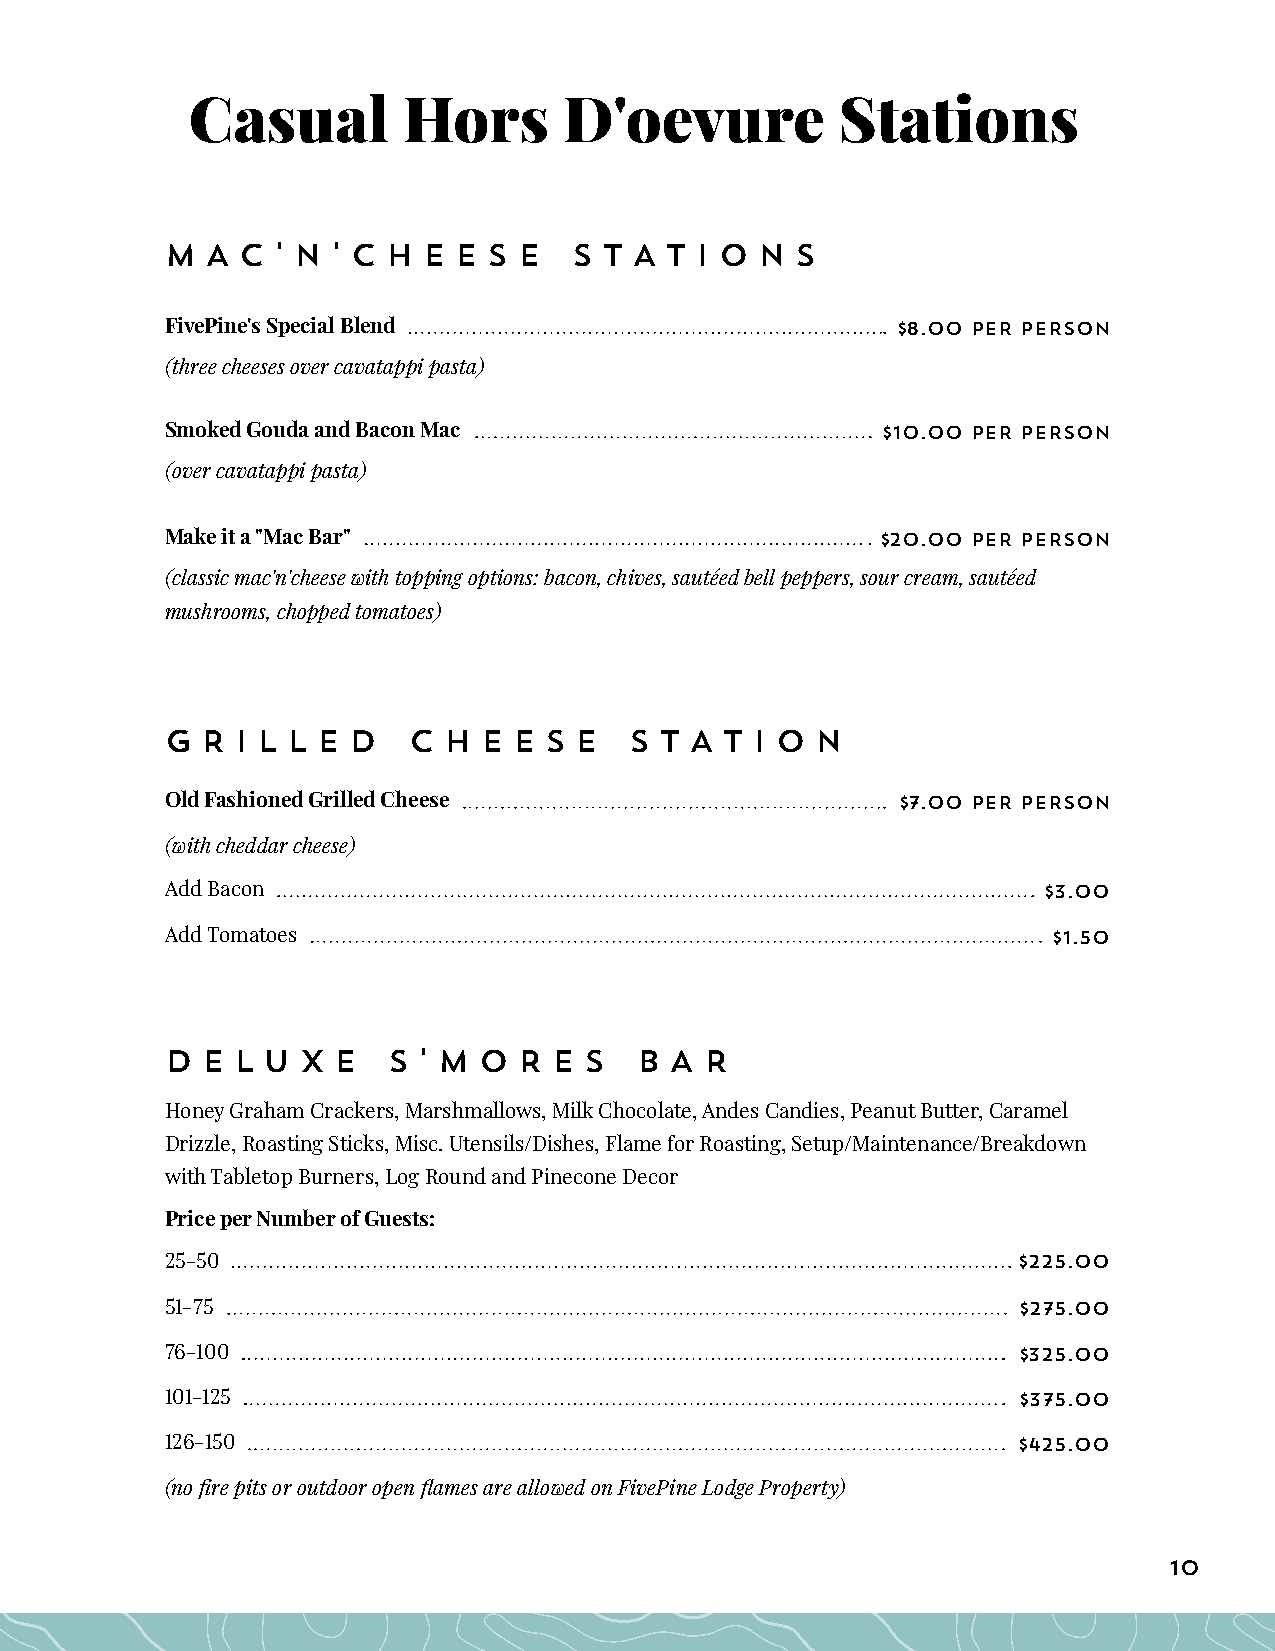
Casual         Hors      D'oevure           Stations
 M  A C ' N ' C H E E S E   S T A T I O N  S
 FivePine's Special Blend                        $8.00 PER PERSON
 (three cheeses over cavatappi pasta)
 Smoked Gouda and Bacon Mac                     $10.00 PER PERSON
 (over cavatappi pasta)
 Make it a "Mac Bar"                            $20.00 PER PERSON
 (classic mac'n'cheese with topping options: bacon, chives, sautéed bell peppers, sour cream, sautéed
 mushrooms, chopped tomatoes)
 G R  I L L E D  C H  E E S E   S T A T I O N
 Old Fashioned Grilled Cheese                    $7.00 PER PERSON
 (with cheddar cheese)
 Add Bacon                                                 $3.00
 Add Tomatoes                                               $1.50
 D E L U  X E   S ' M O R  E S  B A  R
 Honey Graham Crackers, Marshmallows, Milk Chocolate, Andes Candies, Peanut Butter, Caramel
 Drizzle, Roasting Sticks, Misc. Utensils/Dishes, Flame for Roasting, Setup/Maintenance/Breakdown
 with Tabletop Burners, Log Round and Pinecone Decor
 Price per Number of Guests:
 25-50                                                   $225.00
 51-75                                                   $275.00
 76-100                                                  $325.00
 101-125                                                 $375.00
 126-150                                                 $425.00
 (no fire pits or outdoor open flames are allowed on FivePine Lodge Property)
 10